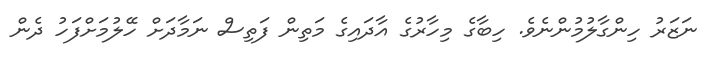
ނަޒަރު ހިންގާލުމުންނެވެ. ހިބާގެ މިހާރުގެ އާދައިގެ މަތިން ފަތިސް ނަމާދަށް ހޭލުމަށްފަހު ދެން